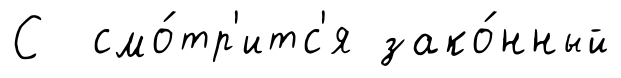
С смо́тр'итс'я зако́нный